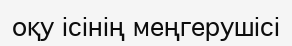
оқу ісінің меңгерушісі